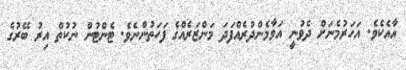
އާއެކެވެ. އަހަރުމެނަށް ދެވުނީ އަވާމެންދުރެއްފަދަ މަންޒަރެއްގެ ފަހަތުންނެވެ. ޓެންޓުން ނުކުތް އިރު ބޭރުގެ